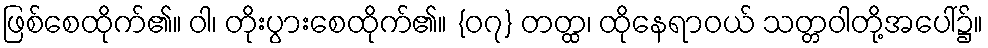
ဖြစ်စေထိုက်၏။ ဝါ၊ တိုးပွားစေထိုက်၏။ {၀၇} တတ္ထ၊ ထိုနေရာဝယ် သတ္တဝါတို့အပေါ်၌။